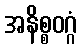
အနိစ္စဝဂ္ဂံ